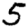
Digit: 5